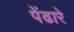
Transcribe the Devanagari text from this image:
पेंढारे